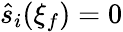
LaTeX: \hat{s}_{i}(\xi_{f})=0